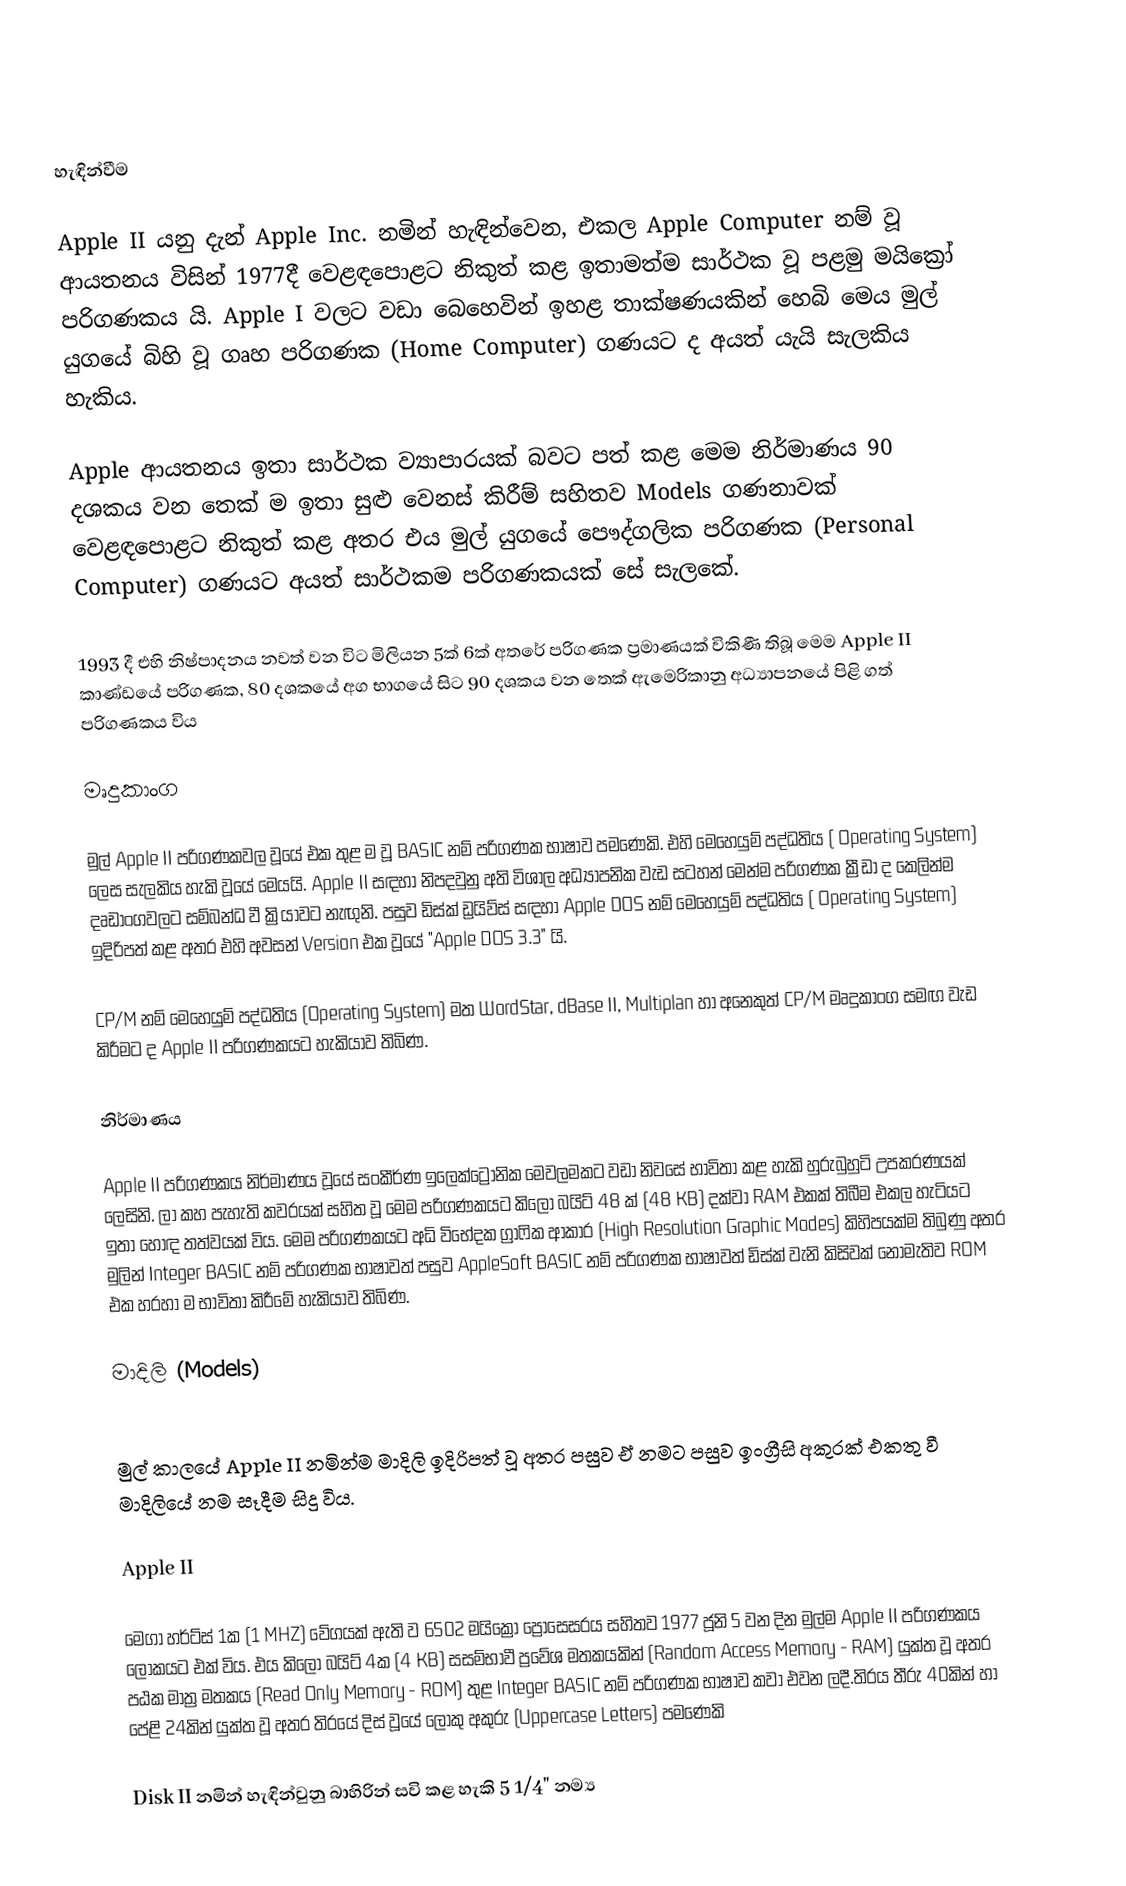

හැඳින්වීම

Apple II යනු දැන් Apple Inc. නමින් හැඳින්වෙන, එකල Apple Computer නම් වූ ආයතනය විසින් 1977දී වෙළඳපොළට නිකුත් කළ ඉතාමත්ම සාර්ථක වූ පළමු මයික්‍රෝ පරිගණකය යි. Apple I වලට වඩා බෙහෙවින් ඉහළ තාක්ෂණයකින් හෙබි මෙය මුල් යුගයේ බිහි වූ ගෘහ පරිගණක  (Home Computer) ගණයට ද අයත් යැයි සැලකිය හැකිය.

Apple ආයතනය ඉතා සාර්ථක ව්‍යාපාරයක් බවට පත් කළ මෙම නිර්මාණය 90 දශකය වන තෙක් ම ඉතා සුළු වෙනස් කිරීම් සහිතව Models ගණනාවක් වෙළඳපොළට නිකුත් කළ අතර එය මුල් යුගයේ පෞද්ගලික පරිගණක (Personal Computer) ගණයට අයත් සාර්ථකම පරිගණකයක් සේ සැලකේ.

1993 දී එහි නිෂ්පාදනය නවත් වන විට මිලියන 5ක් 6ක් අතරේ පරිගණක ප්‍රමාණයක් විකිණී තිබූ මෙම Apple II කාණ්ඩයේ පරිගණක, 80 දශකයේ අග භාගයේ සිට 90 දශකය වන තෙක් ඇමෙරිකානු අධ්‍යාපනයේ පිළි ගත් පරිගණකය විය

මෘදුකාංග

මුල් Apple II පරිගණකවල වූයේ එක තුළ ම වූ BASIC නම් පරිගණක භාෂාව පමණෙකි. එහි මෙහෙයුම් පද්ධතිය ( Operating System) ලෙස සැලකිය හැකි වූයේ මෙයයි. Apple II  සඳහා නිපදවුනු අති විශාල අධ්‍යාපනික වැඩ සටහන් මෙන්ම පරිගණක ක්‍රීඩා ද කෙලින්ම දෘඩාංගවලට සම්බන්ධ වී ක්‍රියාවට නැඟුනි. පසුව ඩිස්ක් ඩ්‍රයිව්ස් සඳහා Apple DOS නම්  මෙහෙයුම් පද්ධතිය ( Operating System) ඉදිරිපත් කළ අතර එහි අවසන් Version  එක වූයේ "Apple DOS 3.3" යි.

CP/M නම් මෙහෙයුම් පද්ධතිය (Operating System) මත WordStar, dBase II, Multiplan හා අනෙකුත් CP/M මෘදුකාංග  සමඟ වැඩ කිරීමට ද Apple II පරිගණකයට හැකියාව තිබිණ.

නිර්මාණය

Apple II පරිගණකය නිර්මාණය වූයේ සංකීර්ණ ඉලෙක්ට්‍රොනික මෙවලමකට වඩා නිවසේ භාවිතා කළ හැකි හුරුබුහුටි උපකරණයක් ලෙසිනි. ලා කහ පැහැති කවරයක් සහිත වූ මෙම පරිගණකයට කිලෝ බයිට් 48 ක් (48 KB) දක්වා RAM එකක් තිබීම එකල හැටියට ඉතා හොඳ තත්වයක් විය. මෙම පරිගණකයට අධි විභේදක ග්‍රාෆික ආකාර (High Resolution Graphic Modes) කිහිපයක්ම තිබුණු අතර මුලින් Integer BASIC නම් පරිගණක භාෂාවත් පසුව AppleSoft BASIC නම් පරිගණක භාෂාවත් ඩිස්ක් වැනි කිසිවක් නොමැතිව ROM එක හරහා ම  භාවිතා කිරීමේ හැකියාව තිබිණ.

මාදිලි (Models)

මුල් කාලයේ Apple II නමින්ම මාදිලි ඉදිරිපත් වූ අතර පසුව ඒ නමට පසුව ඉංග්‍රීසි අකුරක් එකතු වී මාදිලියේ නම සෑදීම සිදු විය.

Apple II

මෙගා හර්ට්ස් 1ක (1 MHZ)  වේගයක් ඇති ව 6502 මයික්‍රෝ ප්‍රෝසෙසරය සහිතව 1977  ජූනි 5 වන දින මුල්ම Apple II පරිගණකය ලෝකයට එක් විය. එය කිලෝ බයිට් 4ක (4 KB) සසම්භාවී ප්‍රවේශ මතකයකින් (Random Access Memory - RAM) යුක්ත වූ අතර පඨක මාත්‍ර මතකය (Read Only Memory - ROM) තුළ  Integer BASIC නම් පරිගණක භාෂාව කවා එවන ලදී.තිරය තීරු 40කින් හා පේළි 24කින් යුක්ත වූ අතර තිරයේ දිස් වූයේ ලොකු අකුරු (Uppercase Letters)  පමණෙකි

Disk II නමින් හැඳින්වුනු බාහිරින් සවි කළ හැකි 5 1/4" නම්‍ය